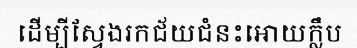
ដើម្បីស្វែងរកជ័យជំនះអោយក្លឹប